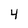
Character: 4